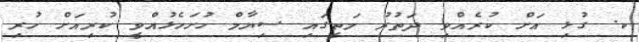
ކ. ގުޅި އަށް ކުރެއްވި ދަތުރު މަތީގައި ސިޔާމް ހުށަހެޅުއްވީ ކުރިއަށް ހުރި